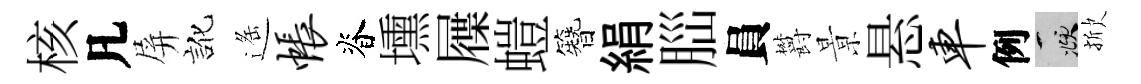
核凡屏訛遥帐脊壎屧螘簪絹𦛁員欝㬌悬车例頫掀